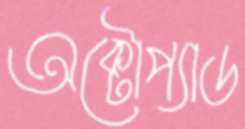
অক্টোপ্যাড